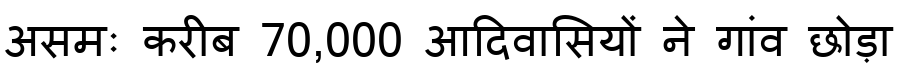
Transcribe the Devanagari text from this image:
असमः करीब 70,000 आदिवासियों ने गांव छोड़ा